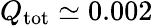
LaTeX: Q_{\mathrm{tot}}\simeq 0.002